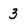
Character: 3